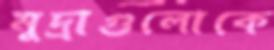
মুদ্রাগুলোকে